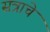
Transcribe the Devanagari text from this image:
सत्राचे